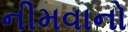
નીમવાનો